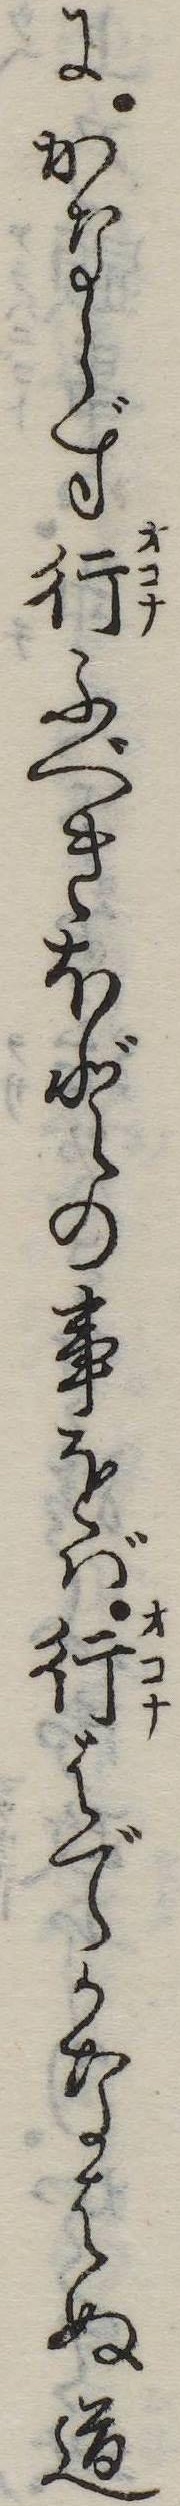
にかならず行ふべきほどの事をば行はでかなはぬ道